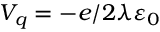
V _ { q } = - e / 2 \lambda \varepsilon _ { 0 }